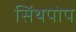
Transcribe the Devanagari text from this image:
सिंथपोप